画像に写った文字を読んでください
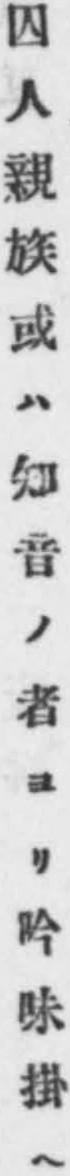
「囚人親族或ハ知音ノ者ヨリ吟味掛ヘ」と書いてあります